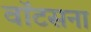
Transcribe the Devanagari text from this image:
वॉटसना